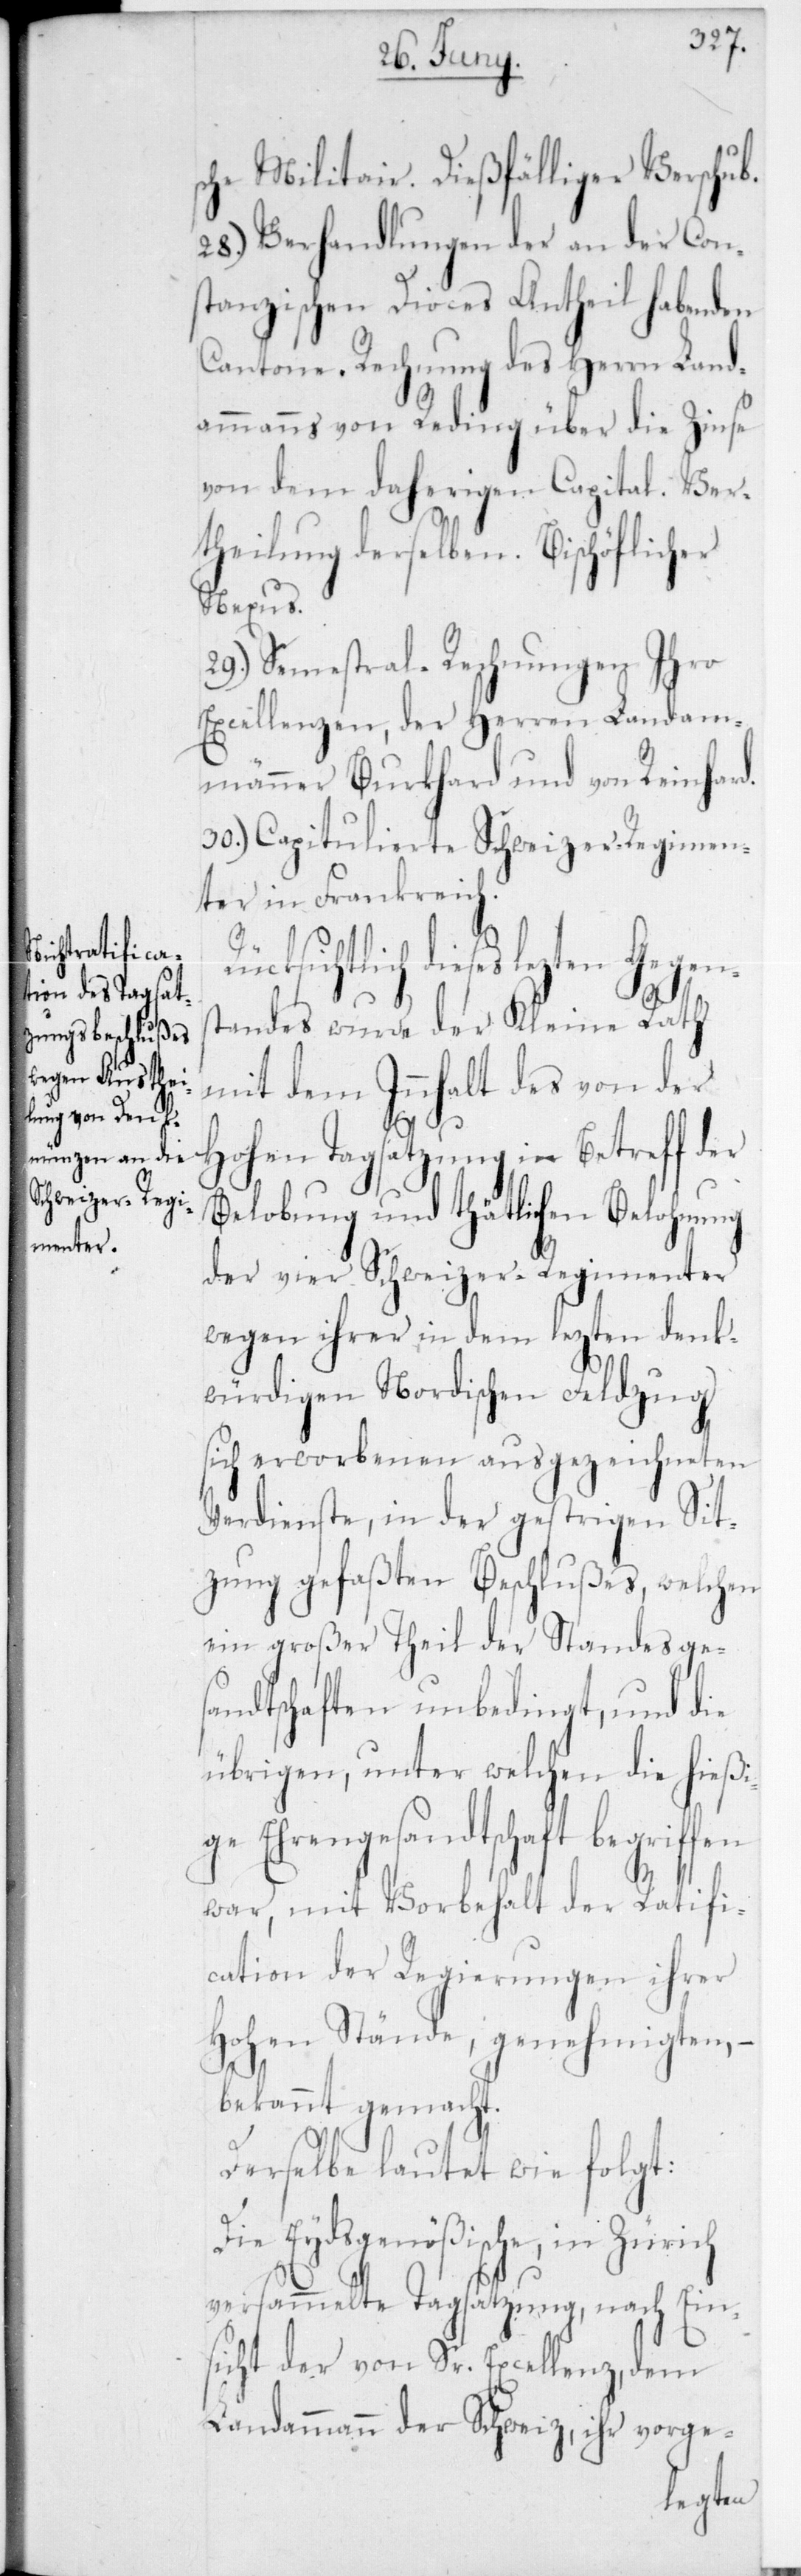
che Militair. Dießfälliger Verschub.
28.) Verhandlungen der an der Con¬
stanzischen Dioces Antheil habenden
Cantone. Rechnung des Herrn Land¬
ammanns von Reding über die Zinse
von dem daherigen Capital. Ver¬
theilung derselben. Bischöflicher
Gegens¬
29.) Semestral-Rechnungen Ihro
Excellenzen, der Herren Landam¬
männer Burkhard und von Reinhard.
30.) Capitulierte Schweizer-Regimen¬
ter in Frankreich.
ücksichtlich dieses lezten
tandes wurde der Kleine Rath
mit dem Innhalt des von der
fen
Hohen Tagsatzung in Betreff der
Belobung und thätlichen Belohnung
der vier Schweizer-Regimenter
wegen ihrer in dem lezten denk¬
würdigen Nordischen Feldzug
sich erworbenen ausgezeichneten
Verdienste, in der gestrigen Sit¬
zung gefaßten Beschlußes, welchen
ein großer Theil der Standesges¬
andtschaften unbedingt, und die
übrigen, unter welchen die hießi¬
ge Ehrengesandtschaft begrif¬
war, mit Vorbehalt der Ratifi¬
cation der Regierungen ihrer
Hohen Stände, genehmigten, –
bekannt gemacht.
Derselbe lautet wie folgt:
Die Eydsgenößische, in Zürich
versammelte Tagsatzung, nach Ein¬
sicht der von Sr. Excellenz, dem
Landammann der Schweiz, ihr vorge-